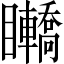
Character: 𥍑